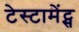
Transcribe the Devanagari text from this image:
टेस्टामेंट्स